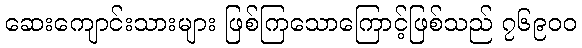
ဆေးကျောင်းသားများ ဖြစ်ကြသောကြောင့်ဖြစ်သည် ၇၆၉၀၀